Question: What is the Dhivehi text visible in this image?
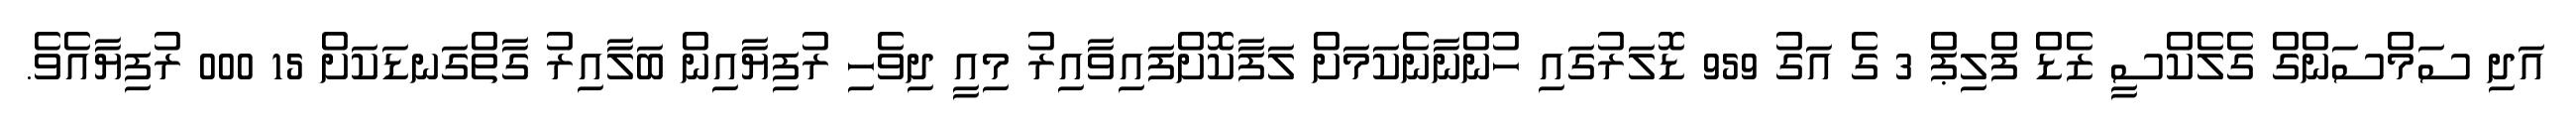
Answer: އަދި ސަމްސަންގް ގެލެކްސީ ޒެޑް ފްލިޕް 3 ގެ އަގު 959 ޑޮލަރުގައި ހުންނާނެކަމަށް ލަފާކޮށްފައިވާއިރު މިއީ ދިވެހި ރުފިޔާއިން ބަލާއިރު ގާތްގަނޑަކަށް 15 000 ރުފިޔާއެވެ.